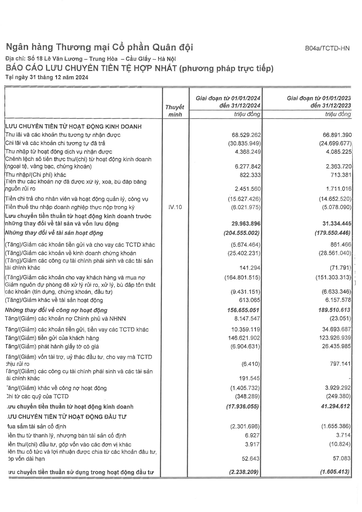
||Thuyết|Giai đoạn từ 01/01/2024 đến 31/12/2024|Giai đoạn từ 01/01/2023 đến 31/12/2023| |---|---|---|---| ||minh|triệu đồng|triệu đồng| |LƯU CHUYỂN TIỀN TỪ HOẠT ĐỘNG KINH DOANH|||| |Thu lãi và các khoản thu tương tự nhận được||68.529.262|66.891.390| |Chi lãi và các khoản chi tương tự đã trả||(30.835.949)|(24.699.677)| |Thu nhập từ hoạt động dịch vụ nhận được||4.368.249|4.085.225| |Chênh lệch số tiền thực thu/(chi) từ hoạt động kinh doanh (ngoại tệ, vàng bạc, chứng khoán)||6.277.842|2.363.720| |Thu nhập/(Chi phí) khác||822.333|713.381| |Tiền thu các khoản nợ đã được xử lý, xóa, bù đắp bằng nguồn rủi ro||2.451.560|1.711.016| |Tiền chi trả cho nhân viên và hoạt động quản lý, công vụ||(15.627.426)|(14.652.520)| |Tiền thuế thu nhập doanh nghiệp thực nộp trong kỳ|IV.10|(6.021.975)|(5.078.090)| |Lưu chuyển tiền thuần từ hoạt động kinh doanh trước những thay đổi về tài sản và vốn lưu động||29.963.896|31.334.445| |Những thay đổi về tài sản hoạt động||(204.555.002)|(179.550.446)| |(Tăng)/Giảm các khoản tiền gửi và cho vay các TCTD khác||(5.674.464)|861.466| |(Tăng)/Giảm các khoản về kinh doanh chứng khoán||(25.402.231)|(28.561.040)| |(Tăng)/Giảm các công cụ tài chính phái sinh và các tài sản tài chính khác||141.294|(71.791)| |(Tăng)/Giảm các khoản cho vay khách hàng và mua nợ||(164.801.515)|(151.303.313)| |Giảm nguồn dự phòng để xử lý rủi ro, xử lý, bù đắp tổn thất các khoản (tín dụng, chứng khoán, đầu tư)||(9.431.151)|(6.633.346)| |(Tăng)/Giảm khác về tài sản hoạt động||613.065|6.157.578| |Những thay đổi về công nợ hoạt động||156.655.051|189.510.613| |Tăng/(Giảm) các khoản nợ Chính phủ và NHNN||8.147.547|(23.051)| |Tăng/(Giảm) các khoản tiền gửi, tiền vay các TCTD khác||10.359.119|34.693.687| |Tăng/(Giảm) tiền gửi của khách hàng||146.621.902|123.926.939| |Tăng/(Giảm) phát hành giấy tờ có giá||(6.904.631)|26.435.985| |Tăng/(Giảm) vốn tài trợ, ủy thác đầu tư, cho vay mà TCTD chịu rủi ro||(6.410)|797.141| |Tăng/(Giảm) các công cụ tài chính phái sinh và các tài sản tài chính khác||191.545|| |Tăng/(Giảm) khác về công nợ hoạt động||(1.405.732)|3.929.292| |Chi từ các quỹ của TCTD||(348.289)|(249.380)| |Lưu chuyển tiền thuần từ hoạt động kinh doanh||(17.936.055)|41.294.612| |LƯU CHUYỂN TIỀN TỪ HOẠT ĐỘNG ĐẦU TƯ|||| |Mua sắm tài sản cố định||(2.301.696)|(1.655.386)| |Tiền thu từ thanh lý, nhượng bán tài sản cố định||6.927|3.714| |Tiền thu/(chi) đầu tư, góp vốn vào các đơn vị khác||3.917|(10.824)| |Tiền thu cổ tức và lợi nhuận được chia từ các khoản đầu tư, góp vốn dài hạn||52.643|57.083| |Lưu chuyển tiền thuần sử dụng trong hoạt động đầu tư||(2.238.209)|(1.605.413)|